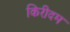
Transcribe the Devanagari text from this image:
किरीदम